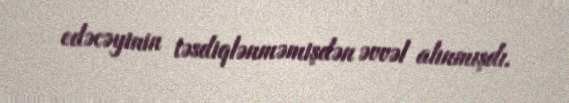
edəcəyinin təsdiqlənməmişdən əvvəl alınmışdı.